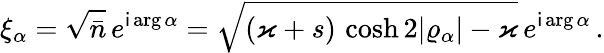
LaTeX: \xi_{\alpha}=\sqrt{\bar{n}}\, e^{\mathsf{i}\arg\alpha}=\sqrt{(\varkappa+s)\, \cosh 2\vert\varrho_{\alpha}\vert-\varkappa}\, e^{\mathsf{i}\arg\alpha}\, .